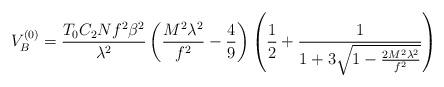
LaTeX: \begin{align*}V^{(0)}_{B}=\frac{T_{0}C_{2}Nf^{2}\beta^{2}}{\lambda^{2}}\left(\frac{M^{2}\lambda^{2}}{f^{2}}-\frac{4}{9}\right)\left(\frac{1}{2}+\frac{1}{1+3\sqrt{1-\frac{2M^{2}\lambda^{2}}{f^{2}}}}\right)\end{align*}